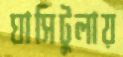
ঘাসিটুলায়